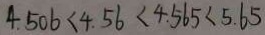
4 . 5 0 6 < 4 . 5 6 < 4 . 5 6 5 < 5 . 6 5